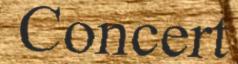
Concert